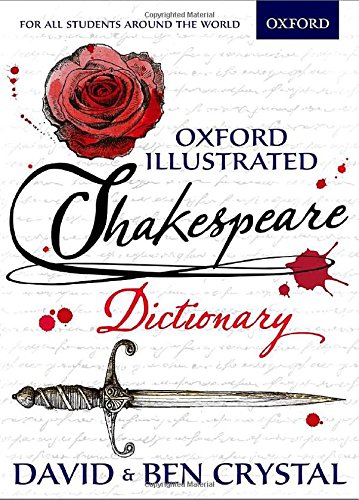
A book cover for Oxford Illustrated Shakespeare Dictionary; David Crystal; Literature & Fiction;